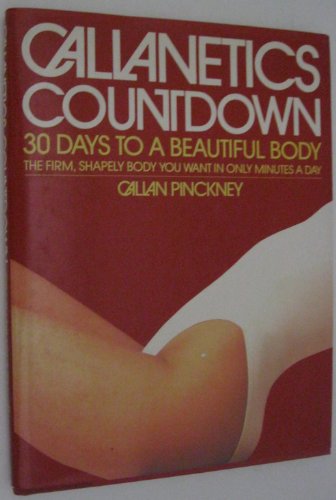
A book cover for Callenetics Countdown; Callan Pinckney; Health, Fitness & Dieting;